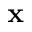
\mathbf { x }